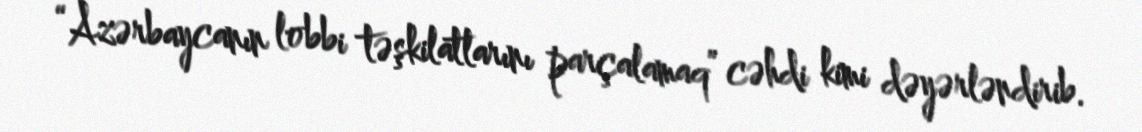
“Azərbaycanın lobbi təşkilatlarını parçalamaq” cəhdi kimi dəyərləndirib.